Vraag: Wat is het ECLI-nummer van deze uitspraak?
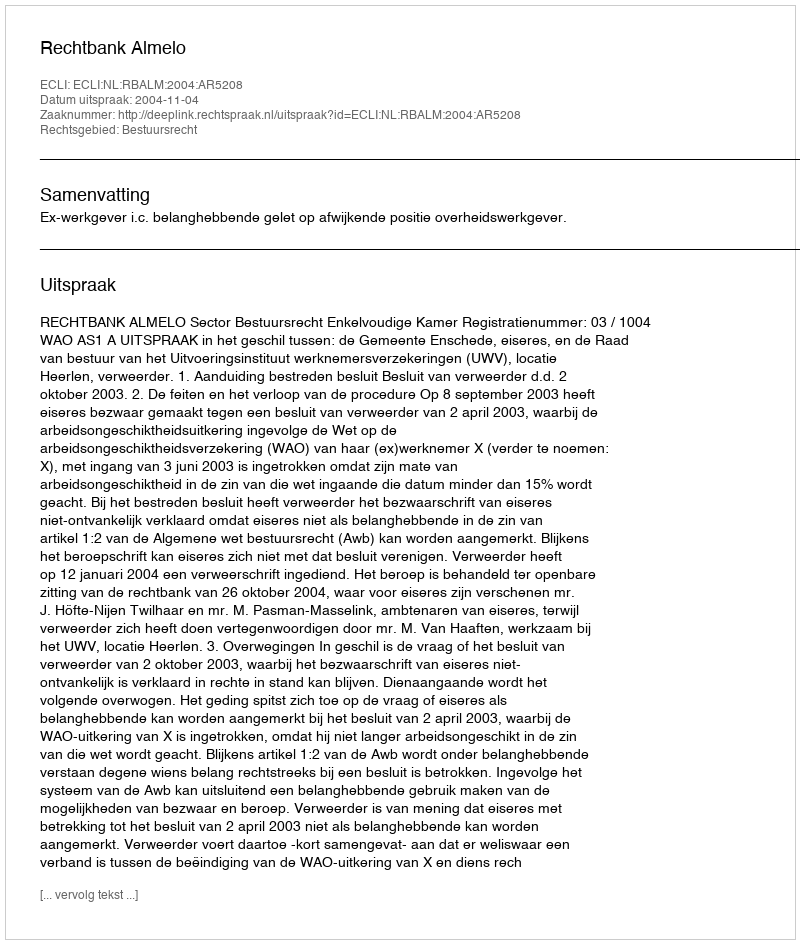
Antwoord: ECLI:NL:RBALM:2004:AR5208